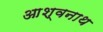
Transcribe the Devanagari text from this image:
आश्वनाथ